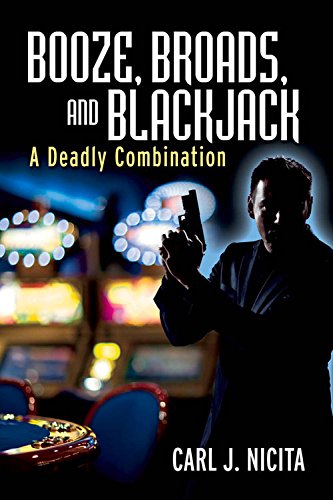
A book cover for Booze, Broads, and Blackjack: A Deadly Combination; Carl Nicita; Literature & Fiction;